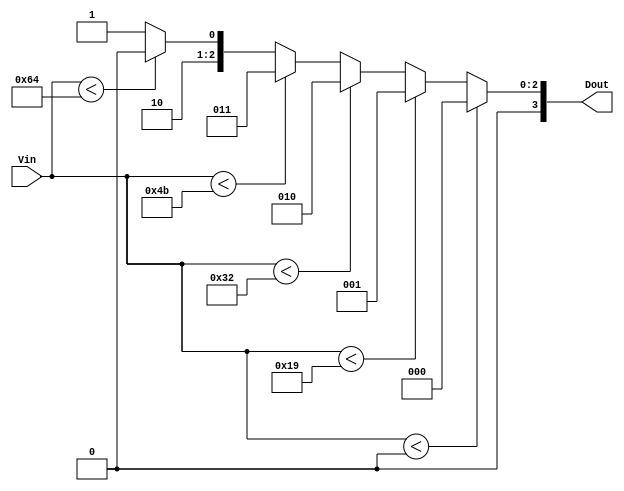
module thermal_encoder (
    input [6:0] Vin,  // 7-bit input for temperature (0 to 127)
    output reg [3:0] Dout // 4-bit output for digital representation
);

// Define temperature thresholds in digital representation
localparam T0 = 7'd0;    // 0C
localparam T1 = 7'd25;   // 25C
localparam T2 = 7'd50;   // 50C
localparam T3 = 7'd75;   // 75C
localparam T4 = 7'd100;  // 100C

always @* begin
    if (Vin < T0) begin
        Dout = 4'b0000; // Below range
    end else if (Vin < T1) begin
        Dout = 4'b0001; // 0C <= Vin < 25C
    end else if (Vin < T2) begin
        Dout = 4'b0010; // 25C <= Vin < 50C
    end else if (Vin < T3) begin
        Dout = 4'b0011; // 50C <= Vin < 75C
    end else if (Vin < T4) begin
        Dout = 4'b0100; // 75C <= Vin < 100C
    end else begin
        Dout = 4'b0101; // Vin >= 100C
    end
end

endmodule